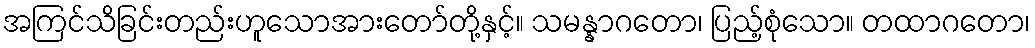
အကြင်သိခြင်းတည်းဟူသောအားတော်တို့နှင့်။ သမန္နာဂတော၊ ပြည့်စုံသော။ တထာဂတော၊